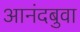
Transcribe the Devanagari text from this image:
आनंदबुवा